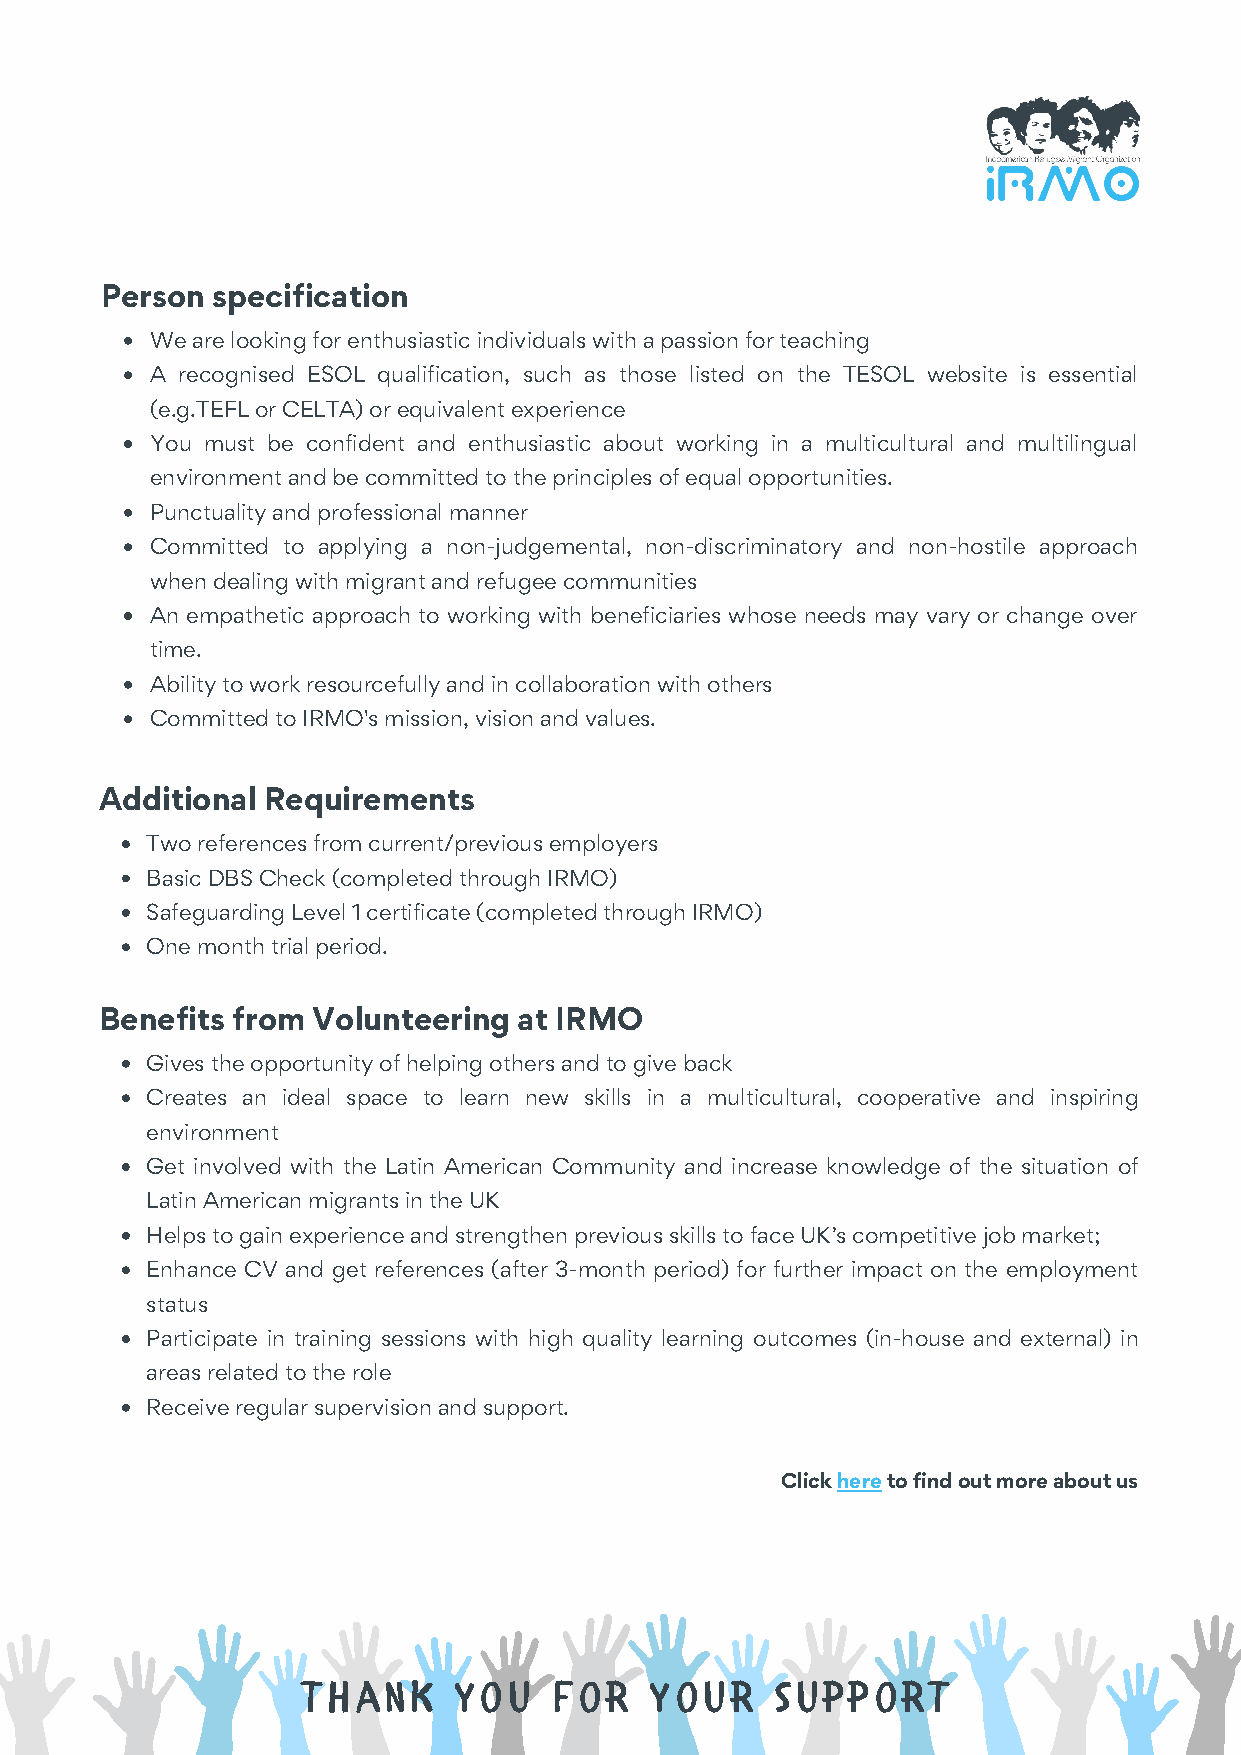
Person specification
 We are looking for enthusiastic individuals with a passion for teaching
 A recognised ESOL qualification, such as those listed on the TESOL website is essential
 (e.g.TEFL or CELTA) or equivalent experience
 You must be confident and enthusiastic about working in a multicultural and multilingual
 environment and be committed to the principles of equal opportunities.
 Punctuality and professional manner
 Committed to applying a non-judgemental, non-discriminatory and non-hostile approach
 when dealing with migrant and refugee communities
 An empathetic approach to working with beneficiaries whose needs may vary or change over
 time.
 Ability to work resourcefully and in collaboration with others
 Committed to IRMO's mission, vision and values.
 Additional Requirements
 Two references from current/previous employers
 Basic DBS Check (completed through IRMO)
 Safeguarding Level 1 certificate (completed through IRMO)
 One month trial period.
 Benefits from Volunteering at IRMO
 Gives the opportunity of helping others and to give back
 Creates an ideal space to learn new skills in a multicultural, cooperative and inspiring
 environment
 Get involved with the Latin American Community and increase knowledge of the situation of
 Latin American migrants in the UK
 Helps to gain experience and strengthen previous skills to face UK’s competitive job market;
 Enhance CV and get references (after 3-month period) for further impact on the employment
 status
 Participate in training sessions with high quality learning outcomes (in-house and external) in
 areas related to the role
 Receive regular supervision and support.
 Click here to find out more about us
 Thank     you    for   your    support